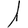
Digit: 1